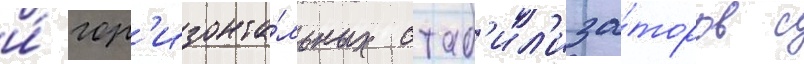
и́ гор'изонта́льных стаб'ил'иза́торов с